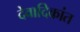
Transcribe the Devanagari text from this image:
देवादिकांत